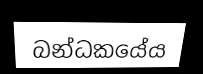
බන්ධකයේය